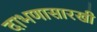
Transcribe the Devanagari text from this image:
दाभणासारखी